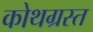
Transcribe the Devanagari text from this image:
कोथग्रस्त